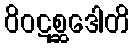
ဝိဝဋစ္ဆဒေါတိ